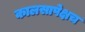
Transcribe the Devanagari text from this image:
कालसापेक्षच